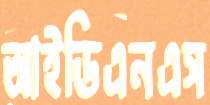
আইডিএনএস